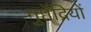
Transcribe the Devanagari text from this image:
गुप्तेंद्रियों